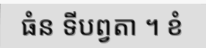
ធំន ទីបព្វតា ។ ខំ